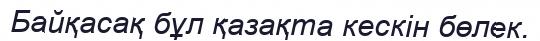
Байқасақ бұл қазақта кескін бөлек.